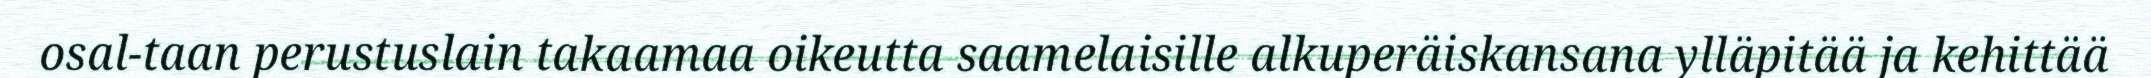
osal-taan perustuslain takaamaa oikeutta saamelaisille alkuperäiskansana ylläpitää ja kehittää